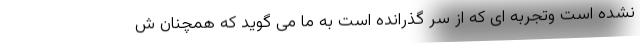
نشده است وتجربه ای که از سر گذرانده است به ما می گوید که همچنان ش